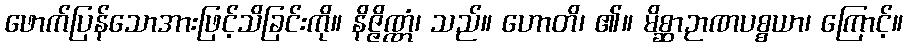
ဖောက်ပြန်သောအားဖြင့်သိခြင်းကို။ နိဇ္ဇိဏ္ဏံ၊ သည်။ ဟောတိ၊ ၏။ မိစ္ဆာဉာဏပစ္စယာ၊ ကြောင့်။